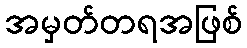
အမှတ်တရအဖြစ်